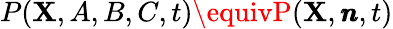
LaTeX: P(\mathbf{X},A,B,C,t)\equivP(\mathbf{X},\pmb{n},t)